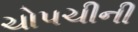
ચોપચીની